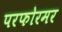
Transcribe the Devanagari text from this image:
परफोरमर